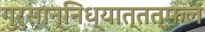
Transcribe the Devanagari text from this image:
गुरुसान्निध्यात्तत्फलं